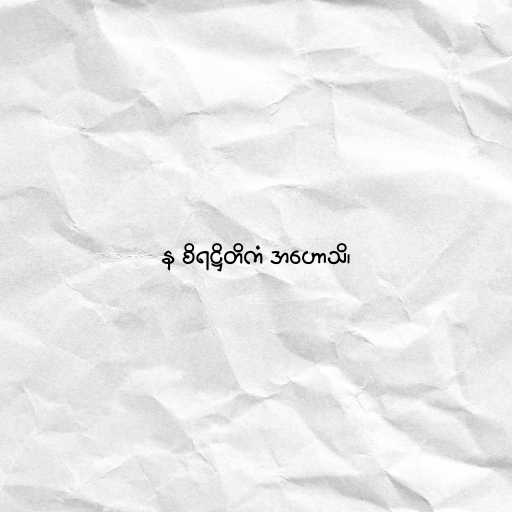
န စိရဋ္ဌိတိကံ အဟောသိ၊